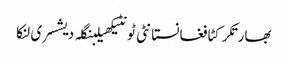
بھارتکرکٹافغانستانٹی ٹونٹیکھیلبنگلہ دیشسری لنکا